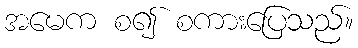
အမေက စ၍ စကားပြေသည်။